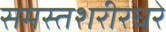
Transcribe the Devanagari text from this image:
समस्तशरीरधरे